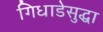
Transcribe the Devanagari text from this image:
गिधाडेसुद्धा